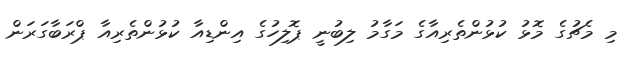
މި މެޗުގެ މޮޅު ކުޅުންތެރިއާގެ މަގާމު ލިބުނީ ޕޮލިހުގެ އިންޑިއާ ކުޅުންތެރިއާ ޕްރަބާގަރަން